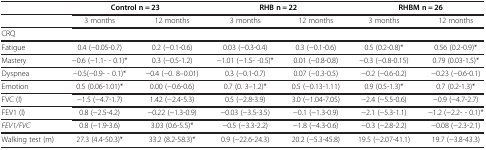
<table><thead><tr><td><b> </b></td><td colspan="2"><b>Control n = 23</b></td><td colspan="2"><b>RHB n = 22</b></td><td colspan="2"><b>RHBM n = 26</b></td></tr></thead><tbody><tr><td> </td><td>3 months</td><td>12 months</td><td>3 months</td><td>12 months</td><td>3 months</td><td>12 months</td></tr><tr><td>CRQ</td><td> </td><td> </td><td> </td><td> </td><td> </td><td> </td></tr><tr><td>Fatigue</td><td>0.4 (−0.05-0.7)</td><td>0.2 (−0.1-0.6)</td><td>0.03 (−0.3-0.4)</td><td>0.3 (−0.1-0.6)</td><td>0.5 (0.2-0.8)*</td><td>0.56 (0.2-0.9)*</td></tr><tr><td>Mastery</td><td>−0.6 (−1.1- - 0.1)*</td><td>0.3 (−0.5-1.2)</td><td>−1.01 (−1.5- -0.5)*</td><td>0.01 (−0.8-0.8)</td><td>−0.3 (−0.8-0.15)</td><td>0.79 (0.03-1.5)*</td></tr><tr><td>Dyspnea</td><td>−0.5(−0.9- - 0.1)*</td><td>−0.4 (−0. 8–0.01)</td><td>0.3 (−0.1-0.7)</td><td>0.07 (−0.3-0.5)</td><td>−0.2 (−0.6-0.2)</td><td>−0.23 (−0.6-0.1)</td></tr><tr><td>Emotion</td><td>0.5 (0.06-1.01)*</td><td>0.00 (−0.6-0.6)</td><td>0.7 (0. 3–1.2)*</td><td>0.5 (−0.13-1.11)</td><td>0.9 (0.5-1.3)*</td><td>0.7 (0.2-1.3)*</td></tr><tr><td>FVC (l)</td><td>−1.5 (−4.7-1.7)</td><td>1.42 (−2.4-5.3)</td><td>0.5 (−2.8-3.9)</td><td>3.0 (−1.04-7.05)</td><td>−2.4 (−5.5-0.6)</td><td>−0.9 (−4.7-2.7)</td></tr><tr><td>FEV1 (l)</td><td>0.8 (−2.5-4.2)</td><td>−0.22 (−1.3-0.9)</td><td>−0.03 (−3.5-3.5)</td><td>−0.1 (−1.3-0.9)</td><td>−2.1 (−5.3-1.1)</td><td>−1.2 (−2.2- - 0.1)*</td></tr><tr><td><i>FEV1/FVC</i></td><td>0.8 (−1.9-3.6)</td><td>3.03 (0.6-5.5)*</td><td>−0.5 (−3.3-2.2)</td><td>−1.8 (−4.3-0.6)</td><td>−0.3 (−2.8-2.2)</td><td>−0.08 (−2.3-2.1)</td></tr><tr><td>Walking test (m)</td><td>27.3 (4.4-50.3)*</td><td>33.2 (8.2-58.3)*</td><td>0.9 (−22.6-24.3)</td><td>20.2 (−5.3-45.8)</td><td>19.5 (−2.07-41.1)</td><td>19.7 (−3.8-43.3)</td></tr></tbody></table>